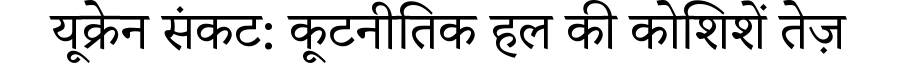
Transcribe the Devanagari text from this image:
यूक्रेन संकट: कूटनीतिक हल की कोशिशें तेज़